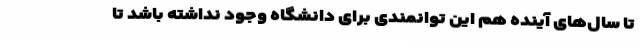
تا سال‌های آینده هم این توانمندی برای دانشگاه وجود نداشته باشد تا